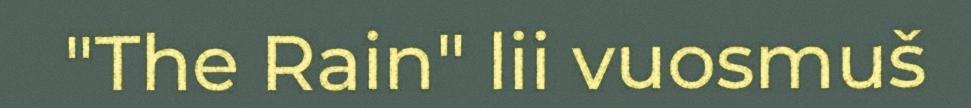
"The Rain" lii vuosmuš